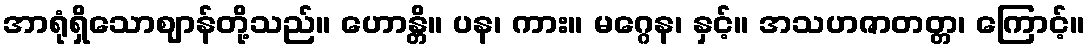
အာရုံရှိသောဈာန်တို့သည်။ ဟောန္တိ။ ပန၊ ကား။ မဂ္ဂေန၊ နှင့်။ အသဟဇာတတ္တ၊ ကြောင့်။